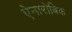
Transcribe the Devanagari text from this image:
ऐनारोबिक